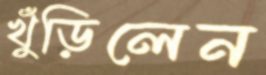
খুঁড়িলেন